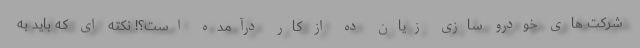
شرکت های خودرو سازی زیان ده از کار درآمده است؟! نکته ای که باید به